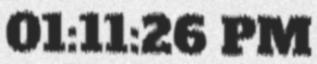
01:11:26 PM